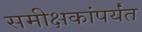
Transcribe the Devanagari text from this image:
समीक्षकांपर्यंत